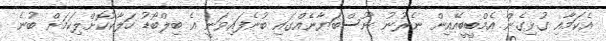
އެކަމާއި ގުޅިގެން އެމްބީބީއޭއިން ނެރުނު ނޫސްބަޔާނެއްގައި ބުނެފައިވަނީ އެ ބިލްބޯޑު ހަލާާކުކޮށްލިކަމަށް ބުނެ